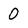
Character: 0